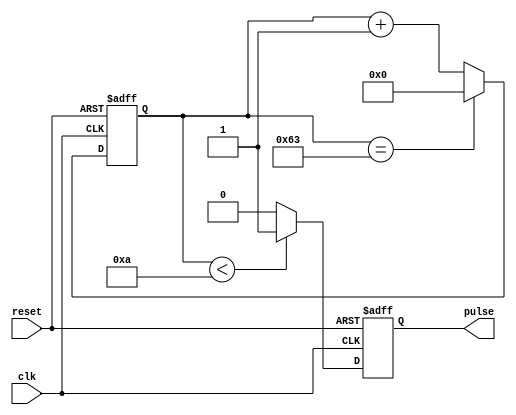
module pulse_generator (
    input wire clk,     // System clock input
    input wire reset,   // Reset signal input
    output reg pulse    // Output pulse signal
);

// Parameters for pulse width and period
parameter PULSE_WIDTH = 10;   // Pulse width in clock cycles
parameter PULSE_PERIOD = 100; // Pulse period in clock cycles

// Internal counter for pulse generation
reg [7:0] count = 0;

// Sequential logic for pulse generation
always @(posedge clk or negedge reset) begin
    if (!reset) begin
        count <= 0;
        pulse <= 0;
    end else begin
        count <= count + 1;
        if (count < PULSE_WIDTH)
            pulse <= 1;
        else
            pulse <= 0;
        if (count == PULSE_PERIOD - 1)
            count <= 0;
    end
end

endmodule